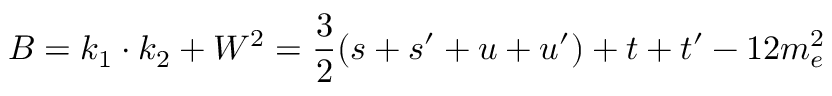
B = k _ { 1 } \cdot k _ { 2 } + W ^ { 2 } = \frac { 3 } { 2 } ( s + s ^ { \prime } + u + u ^ { \prime } ) + t + t ^ { \prime } - 1 2 m _ { e } ^ { 2 }